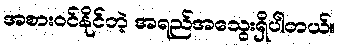
အစားဝင်နိုင်တဲ့ အရည်အသွေးရှိပါတယ်။